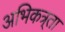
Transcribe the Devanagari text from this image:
अभिकत्र्ता